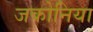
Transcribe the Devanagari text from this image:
जकोनिया